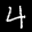
Label: 4